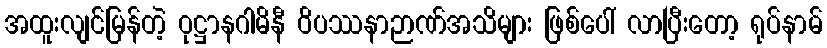
အထူးလျင်မြန်တဲ့ ဝုဋ္ဌာနဂါမိနီ ဝိပဿနာဉာဏ်အသိများ ဖြစ်ပေါ် လာပြီးတော့ ရုပ်နာမ်